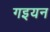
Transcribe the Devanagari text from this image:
गइयन